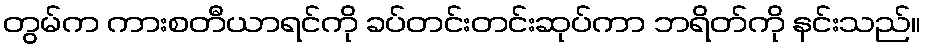
တွမ်က ကားစတီယာရင်ကို ခပ်တင်းတင်းဆုပ်ကာ ဘရိတ်ကို နင်းသည်။